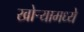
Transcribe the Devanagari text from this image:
खोऱ्यामध्ये